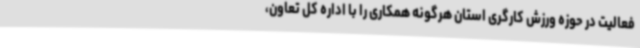
فعالیت در حوزه ورزش کارگری استان هرگونه همکاری را با اداره کل تعاون،